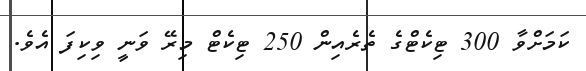
ކަމަށްވާ 300 ޓިކެޓްގެ ތެރެއިން 250 ޓިކެޓް މިރޭ ވަނީ ވިކިފަ އެވެ.